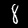
Label: 8